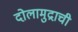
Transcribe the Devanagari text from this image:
दोलामुद्राची